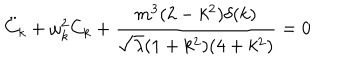
LaTeX: { \ddot { C } } _ { k } + \omega _ { k } ^ { 2 } C _ { k } + \frac { m ^ { 3 } ( 2 - k ^ { 2 } ) \delta ( k ) } { { \sqrt \lambda } ( 1 + k ^ { 2 } ) ( 4 + k ^ { 2 } ) } = 0